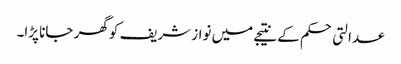
عدالتی حکم کے نتیجے میں نواز شریف کو گھر جانا پڑا۔